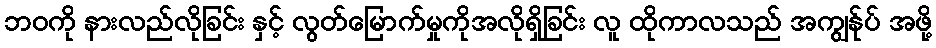
ဘဝကို နားလည်လိုခြင်း နှင့် လွတ်မြောက်မှုကိုအလိုရှိခြင်း လူ ထိုကာလသည် အကျွန်ုပ် အဖို့